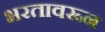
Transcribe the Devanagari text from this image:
भरतावरून